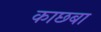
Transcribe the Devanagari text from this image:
काछबा